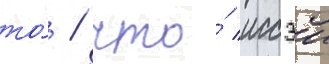
то́ / что́ иссэи